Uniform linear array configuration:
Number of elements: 8
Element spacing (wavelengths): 1
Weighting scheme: hann
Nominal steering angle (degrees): -60
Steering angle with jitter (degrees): -61.951
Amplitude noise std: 0.05
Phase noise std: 0.05

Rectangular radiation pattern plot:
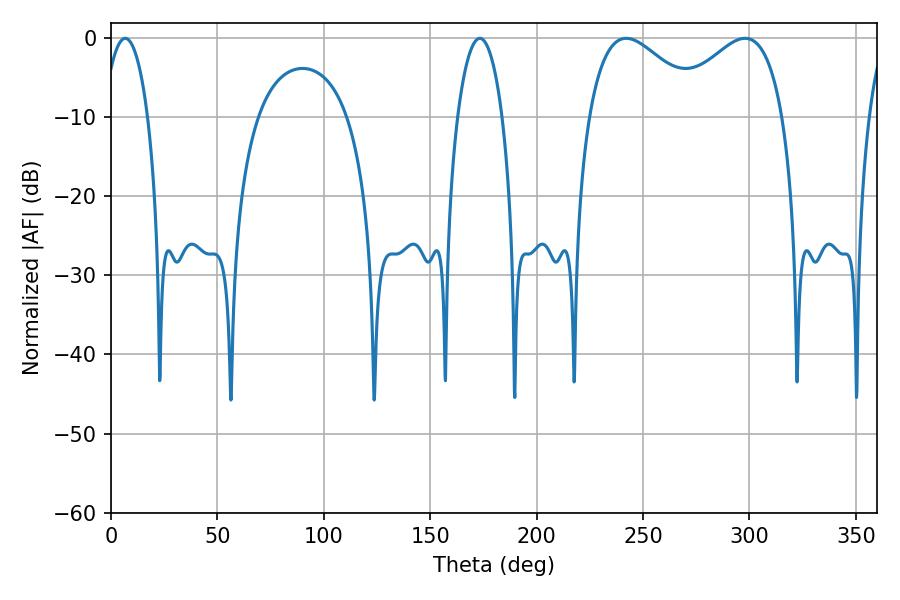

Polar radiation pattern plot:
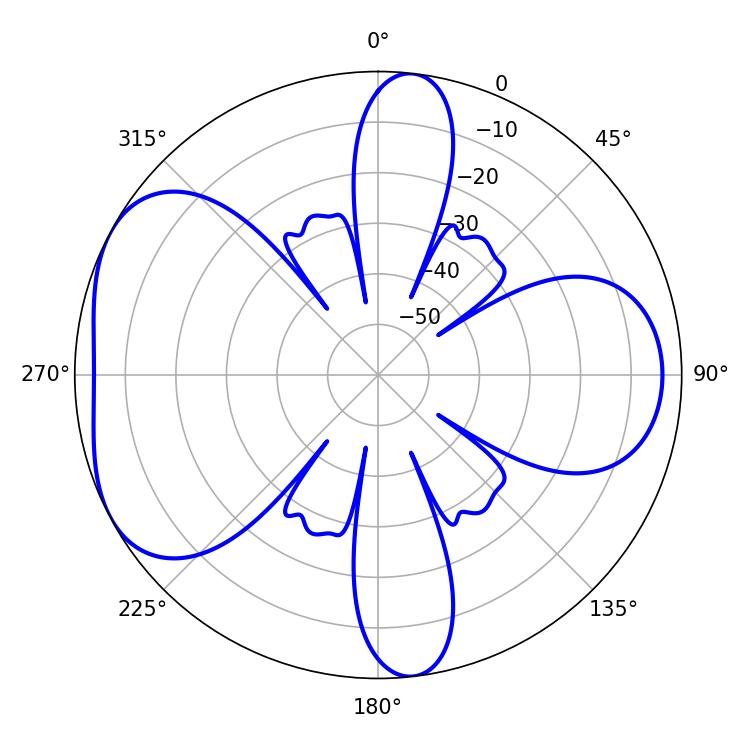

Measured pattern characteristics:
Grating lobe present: TRUE
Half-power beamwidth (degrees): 29.52
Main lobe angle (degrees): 242.1